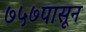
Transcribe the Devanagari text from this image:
७५७पासून